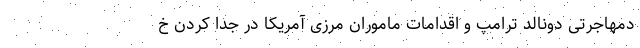
دمهاجرتی دونالد ترامپ و اقدامات ماموران مرزی آمریکا در جدا کردن خ